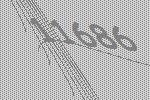
11686